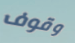
وقوف